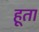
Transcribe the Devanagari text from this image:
हूता